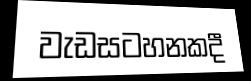
වැඩසටහනකදී